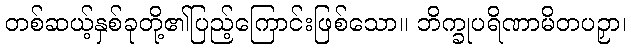
တစ်ဆယ့်နှစ်ခုတို့၏ပြည့်ကြောင်းဖြစ်သော။ ဘိက္ခုပရိဏာမိတပဉှာ၊